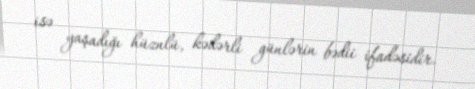
isə yaşadığı hüznlü, kədərli günlərin bədii ifadəsidir.